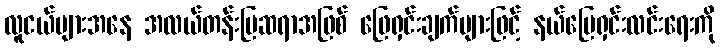
လူငယ်များအနေ အလယ်တန်းပြဆရာအဖြစ် ဖြေရှင်းချက်များဖြင့် နယ်မြေရှင်းလင်းရေးကို